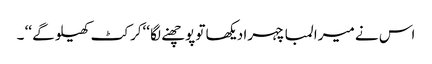
اس نے میرا لمبا چہرا دیکھا تو پوچھنے لگا ‘‘کرکٹ کھیلو گے ‘‘ ۔